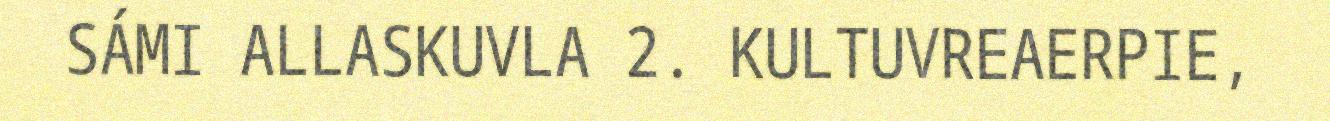
SÁMI ALLASKUVLA 2. KULTUVREAERPIE,